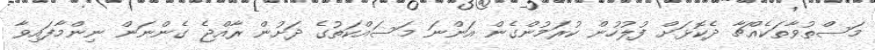
މަސްތުވާތަކެއްޗާ ދެކޮޅަށް ފުލުހުން ކުރަމުންގެން އަންނަ މަސައްކަތުގެ ދަށުން ރާއްޖެ ގެންނަން ނިންމާފައިވާ